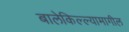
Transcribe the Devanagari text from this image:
बालेकिल्ल्यामागील